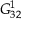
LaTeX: G _ { 3 2 } ^ { 1 }